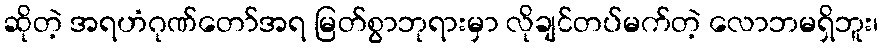
ဆိုတဲ့ အရဟံဂုဏ်တော်အရ မြတ်စွာဘုရားမှာ လိုချင်တပ်မက်တဲ့ လောဘမရှိဘူး၊